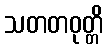
သတတဝုတ္တိ